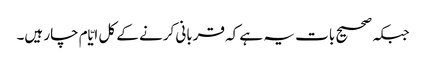
جبکہ صحیح بات یہ ہے کہ قربانی کرنے کے کل ایّام چار ہیں۔